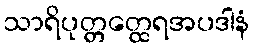
သာရိပုတ္တတ္ထေရအပဒါနံ